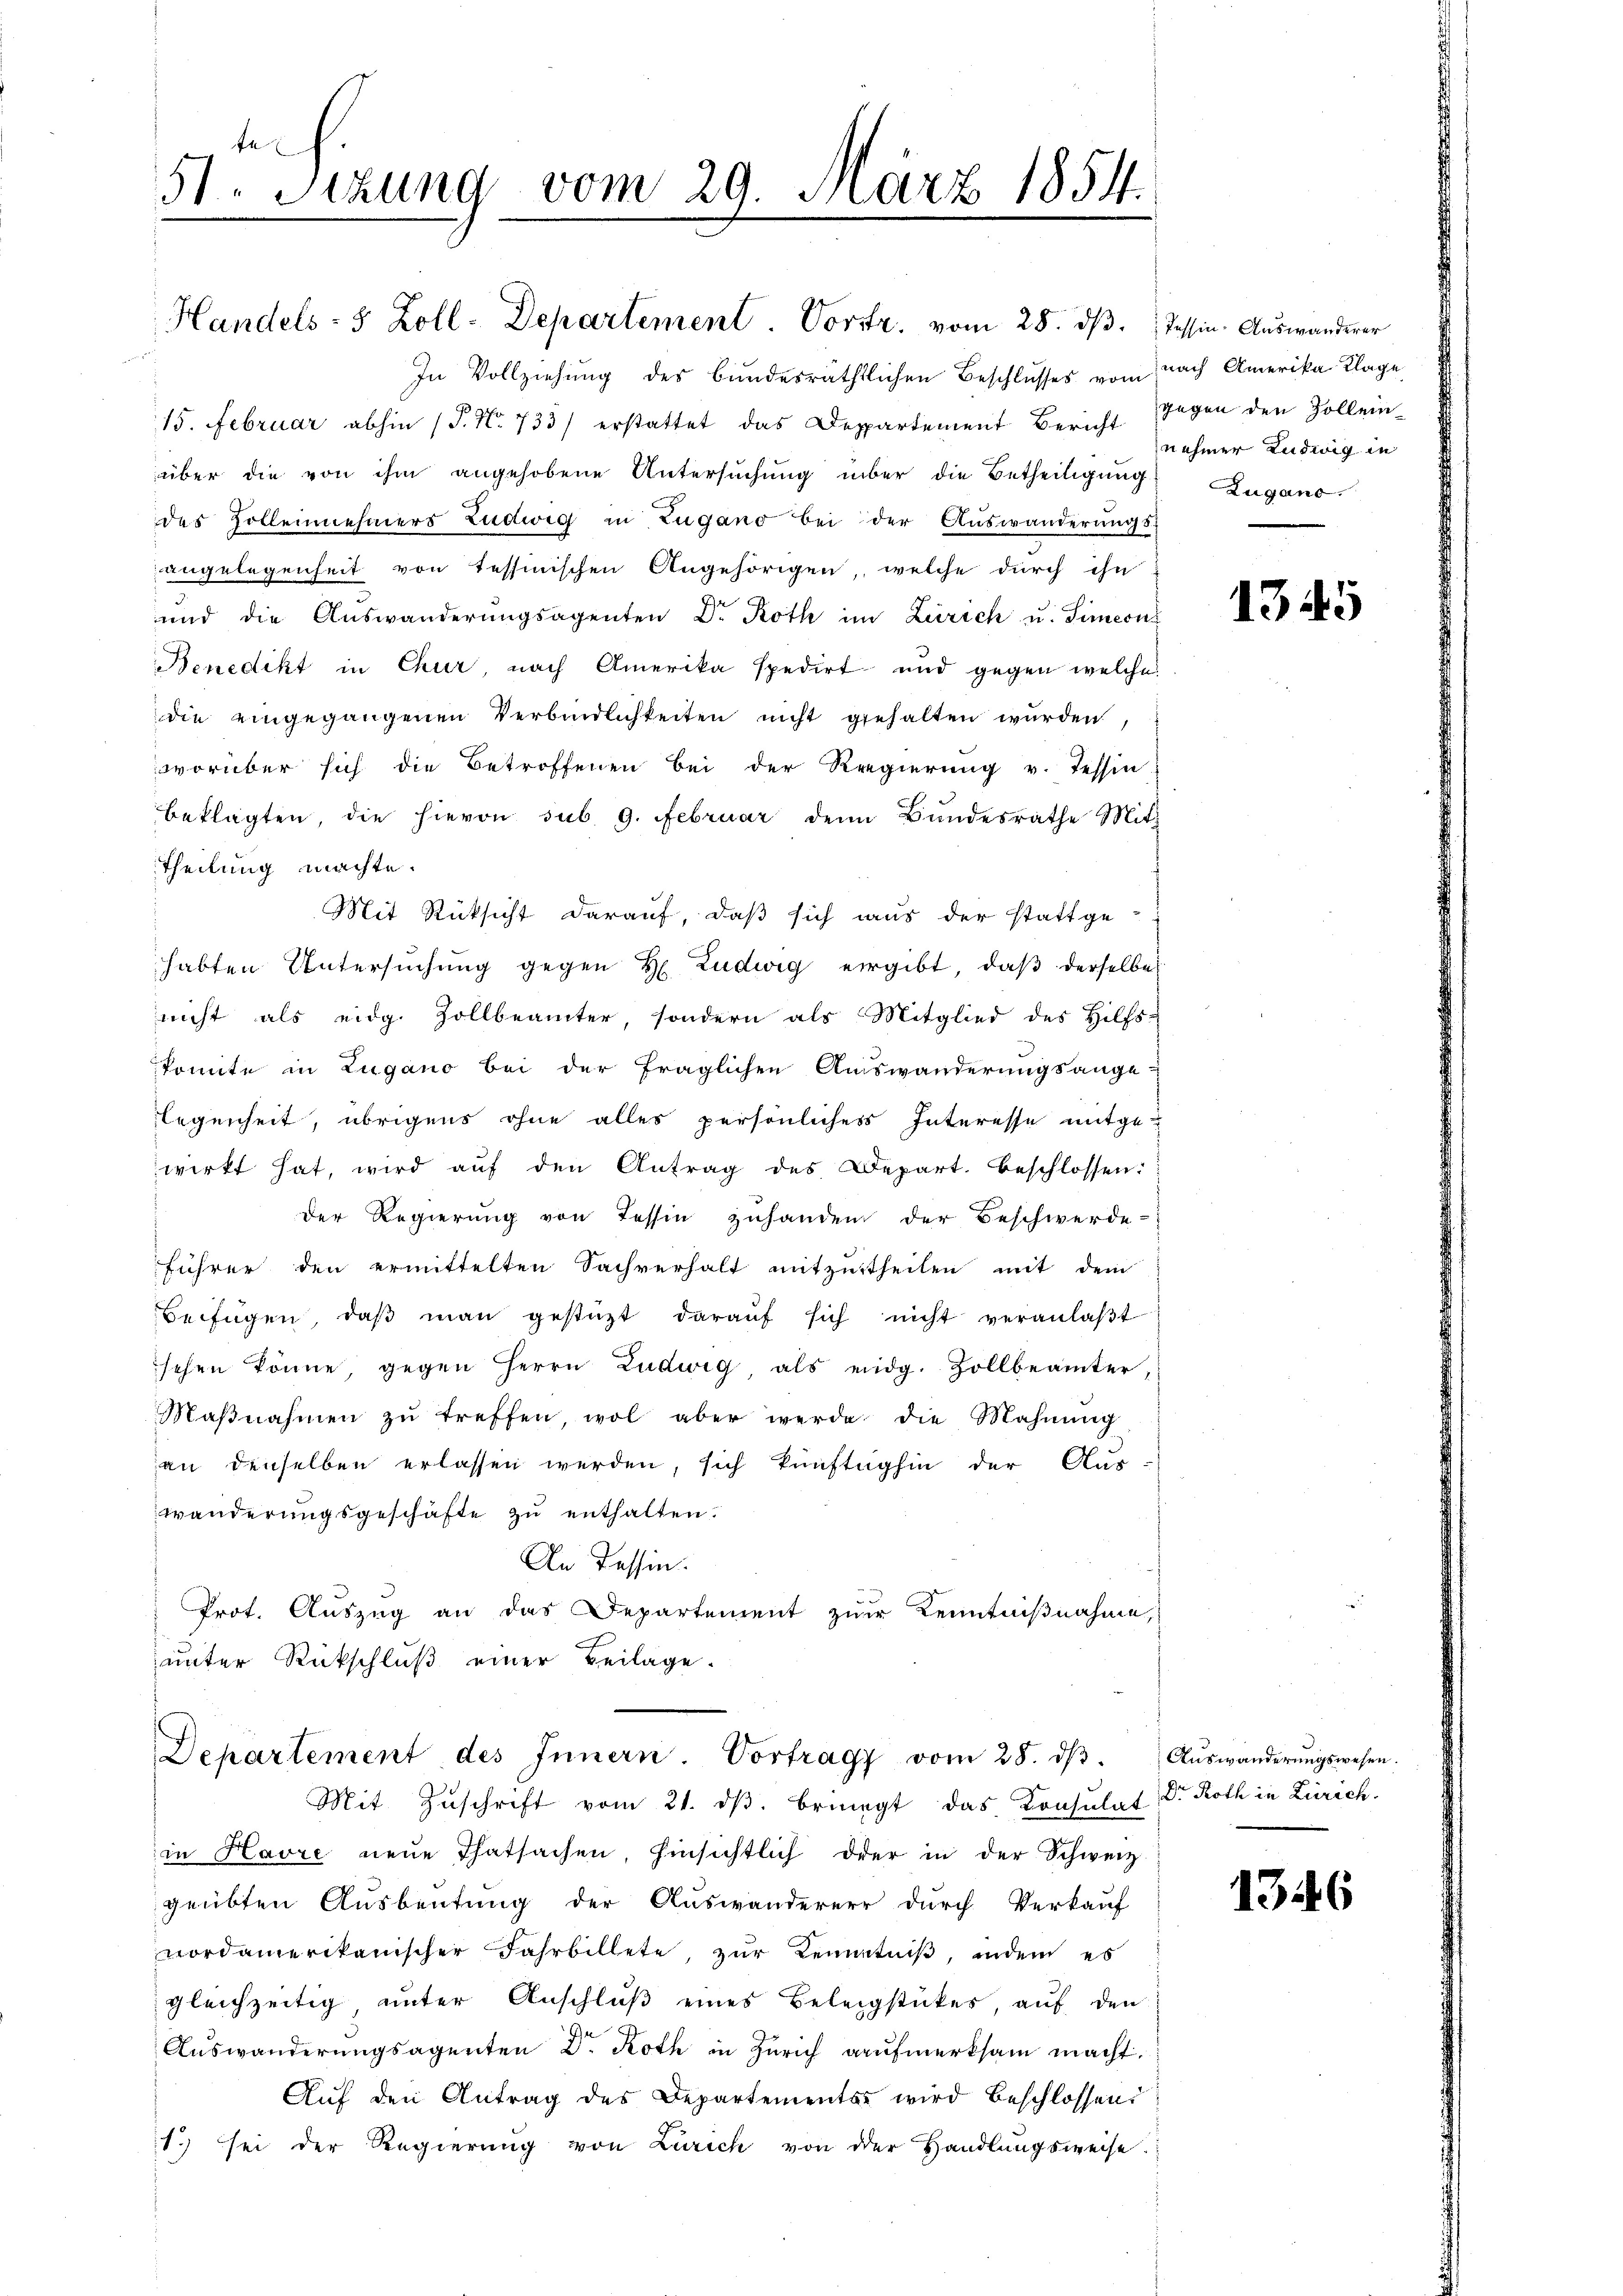
te
51. Setzung vom 29. März 1854.

Handels- 5 Zoll-Departement Vortr. vom 28. ds. Tessin. Auswanderer

In Vollziehung des bundesräthlichen Beschlusses vom nach Amerika Klage
15. Februar abhin (P. Nr. 733) erstattet das Deppartement Bericht Gegen den Zollein-
über die von ihm angehobene Untersuchung über die Betheiligung
des Zollennehmers Ludwig in Zugano bei der Auswanderŭngs-
angelegenheit von Tessinischen Angehörigen, welche durch ihn
und die Aŭswanderŭngsagenten Dr. Roth im Zürich u. Simeon
Benedikt in Chur, nach Amerika spedirt und gegen welche
die eingegangenen Verbindlichkeiten nicht gehalten wurden
worüber sich die Betroffenen bei der Regierŭng v. Tessin
beklagten, die hievon sub. 9. Februar denn Bundesrathe Mit-
Theilung machte.
Mit Rücksicht darauf, daß sich aus der stattge-
habten Untersŭchŭng gegen H. Ludwig ergibt, daß derselbe
nicht als eidg Zollbeamter, sondern als Mitglied des Hilfs-
konnte in Lugano bei der fraglichen Auswanderungsange-
legenheit, übrigens ohne alles persönliches Interesse mitgewirkt hat, wird aŭf den Antrag des Depart. beschlossen:
Der Regierung von Tessin zuhanden der Beschwerde-
führer den ermittelten Sachverhalt mitzŭtheilen mit dem
Beifügen, daβ man gestützt daraŭf sich nicht veranlaβt
sehen könne, gegen Herrn Ludwig als eidg. Zollbeamter,
Maβnahmen zŭ treffen, wol aber werde die Mahnŭng
an denselben erlassen werden, sich künftighin der Aus-
wänderungsgeschäfte zu enthalten.
An Tessin.
Prot. Auszug an das Departement zur Kenntnißnahme,
unter Rückschluß einer Beilage.

Departement des Innern. Vortrags vom 28. dβ.
Mit Zuschrift vom 21. dβ. bringt das Consulat

in Havre neŭe Thatsachen, hinsichtlich der in der Schweiz.
geübten Ausbeutung der Auswanderer durch Verkauf
nordamerikanischer Fahrbillete, zŭr Kenntniβ, indem es
gleichzeitig unter Anschluß eines Beleigstückes auf den
c
Auswanderungsagenten D. Roth in Zürich aufmerksam macht.
Aŭf den Antrag des Departements wird beschlossen:
1. sei der Regierung von Zürich von der Handlungsweise.

nehmer Ludwig in
Zugano.

1345

Auswanderungswesen.
Dr Roth in Zürich.

1346